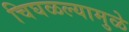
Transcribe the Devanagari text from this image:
चिघळल्यामुळे